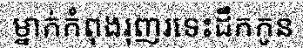
ម្នាក់កំពុងរុញរទេះដឹកកូន